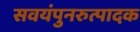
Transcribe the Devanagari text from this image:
सवयंपुनरुत्पादक